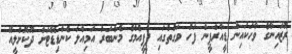
ރޮޒައިނާގެ ވާހަކައިން ޑީއާރްޕީން ފަހު ވަގުތުގައި ޕީޕީއެމްގެ މެންބަރު އަމިއްލަ ކެންޑިޑޭޓަށް ދޫކޮށްލީއޭ